Note on the mental hospitals in Burma - 1925-1940
Year: 1925
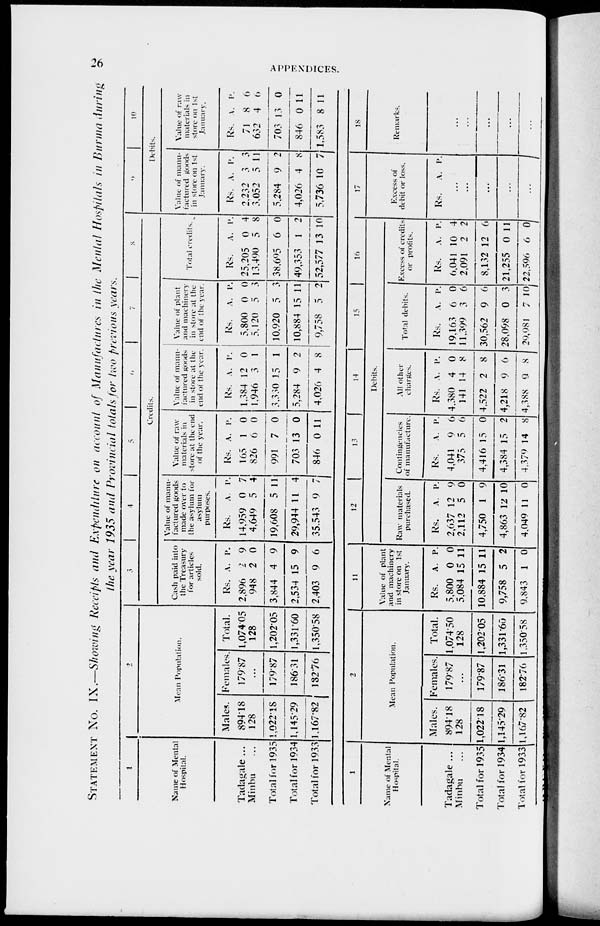
26
APPENDICES.
STATEMENT No. IX.—Showing Receipts and Expenditure on account of Manufactures in the Mental Hospitals in Burma during
the year 1935 and Provincial totals for two previous years.
1
Name of Mental
Hospital.
Tadagale ...
Minbu ...
Total for 1935
Total for 1934
Total for 1933
2
Mean Population.
Males.
894.18
128
1,022.18
1,145.29
1,167.82
Females.
179.87
...
179.87
186.31
132.76
Total.
1,074.05
128
1,202.05
1,331.60
1,350.58
3
4
5
6
7
8
Credits.
Cash paid into
the Treasury
for articles
sold.
Rs.
2,896
948
3,844
2,534
2,403
A.
2
2
4
15
9
P.
9
0
9
9
6
Value of manu-
factured goods
made over to
the asylum for
asylum
purposes.
Rs.
14,959
4,649
19,608
29,944
35,543
A.
0
5
5
11
9
P.
7
4
11
4
7
Value of raw
materials in
store at the end
of the year.
Rs.
165
826
991
703
846
A.
1
6
7
13
0
P.
0
0
0
0
11
Value of manu-
factured goods
in store at the
end of the year.
Rs.
1,384
1,946
3,330
5,284
4,026
A.
12
3
15
9
4
P.
0
1
1
2
8
Value of plant
and machinery
in store at the
end of the year.
Rs.
5,800
5,120
10,920
10,884
9,758
A.
0
5
5
15
5
P.
0
3
3
11
2
Total credits.
Rs.
25,205
13,490
38,695
49,353
52,577
A.
0
5
6
1
13
P.
4
8
0
2
10
9
10
Debits.
Value of manu-
factured goods
in store on 1st
January.
Rs.
2,232
3,052
5,284
4,026
5,736
A.
3
5
9
4
10
P.
3
11
2
8
7
Value of raw
materials in
store on 1st
January.
Rs.
71
632
703
846
1,583
A.
8
4
13
0
8
P.
6
6
0
11
11
1
Name of Mental
Hospital.
Tadagale ...
Minbu ...
Total for 1935
Total for 1934
Total for 1933
2
Mean Population.
Males.
894.18
128
1,022.18
1,145.29
1,167.82
Females.
179.87
...
179.87
186.31
182.76
Total.
1,074.50
128
1,202.05
1,331.60
1,350.58
11
Value of plant
and machinery
in store on 1st
January.
Rs.
5,800
5,084
10,884
9,758
9,843
A.
0
15
15
5
1
P.
0
11
11
2
0
12
13
14
15
16
Debits.
Raw materials
purchased.
Rs.
2,637
2,112
4,750
4,863
4,049
A.
12
5
1
12
11
P.
9
0
9
10
0
Contingencies
of manufacture.
Rs.
4,041
375
4,416
4,384
4,379
A.
9
5
15
15
14
P.
6
6
0
2
8
All other
charges.
Rs.
4,380
141
4,522
4,218
4,388
A.
4
14
2
9
9
P.
0
8
8
6
8
Total debits.
Rs.
19,163
11,399
30,562
28,098
29,981
A.
6
3
9
0
7
P.
0
6
6
3
10
Excess of credits
or profits.
Rs.
6,041
2,091
8,132
21,255
22,596
A.
10
2
12
0
6
P.
4
2
6
11
0
17
Excess of
debit or loss.
Rs. A. P.
...
...
...
...
...
18
Remarks.
...
...
...
...
...